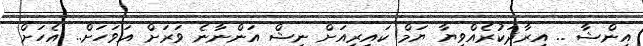
އިންޝާ .. އިރާދަކުރެއްވިޔާ ޔަމް ކައިރިއަށް ނިޝް އަންނާނެ ވަރަށް އަވަހަށް.. އެހަށް